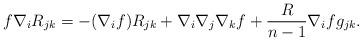
LaTeX: \begin{align*}f\nabla_{i}R_{jk}=-(\nabla_{i}f)R_{jk}+\nabla_{i}\nabla_{j}\nabla_{k}f+\frac{R}{n-1}\nabla_{i}fg_{jk}.\end{align*}